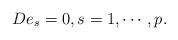
LaTeX: \begin{align*} De_s =0, s=1,\cdots, p.\end{align*}